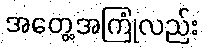
အတွေ့အကြုံလည်း